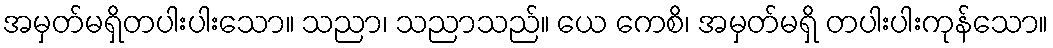
အမှတ်မရှိတပါးပါးသော။ သညာ၊ သညာသည်။ ယေ ကေစိ၊ အမှတ်မရှိ တပါးပါးကုန်သော။